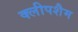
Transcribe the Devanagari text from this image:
क्लीपशैम